Indian journal of veterinary science and animal husbandry - Volumes 15-17, 1948-1951
Year: 1948
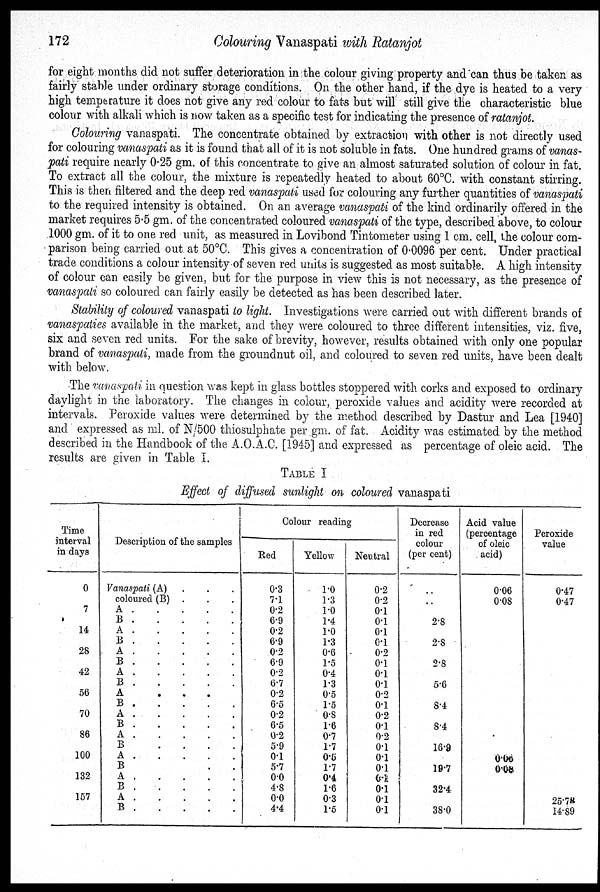
172
Colouring Vanaspati with Ratanjot
for eight months did not suffer deterioration in the colour giving property and can thus be taken as
fairly stable under ordinary storage conditions. On the other hand, if the dye is heated to a very
high temperature it does not give any red colour to fats but will still give the characteristic blue
colour with alkali which is now taken as a specific test for indicating the presence of ratanjot.
Colouring vanaspati. The concentrate obtained by extraction with other is not directly used
for colouring vanaspati as it is found that all of it is not soluble in fats. One hundred grams of vanas-
pati require nearly 0.25 gm. of this concentrate to give an almost saturated solution of colour in fat.
To extract all the colour, the mixture is repeatedly heated to about 60ºC. with constant stirring.
This is then filtered and the deep red vanaspati used for colouring any further quantities of vanaspati
to the required intensity is obtained. On an average vanaspati of the kind ordinarily offered in the
market requires 5.5 gm. of the concentrated coloured vanaspati of the type, described above, to colour
1000 gm. of it to one red unit, as measured in Lovibond Tintometer using 1 cm. cell, the colour com-
parison being carried out at 50ºC. This gives a concentration of 0.0096 per cent. Under practical
trade conditions a colour intensity of seven red units is suggested as most suitable. A high intensity
of colour can easily be given, but for the purpose in view this is not necessary, as the presence of
vanaspati so coloured can fairly easily be detected as has been described later.
Stability of coloured vanaspati to light. Investigations were carried out with different brands of
vanaspaties available in the market, and they were coloured to three different intensities, viz. five,
six and seven red units. For the sake of brevity, however, results obtained with only one popular
brand of vanaspati, made from the groundnut oil, and coloured to seven red units, have been dealt
with below.
The vanaspati in question was kept in glass bottles stoppered with corks and exposed to ordinary
daylight in the laboratory. The changes in colour, peroxide values and acidity were recorded at
intervals. Peroxide values were determined by the method described by Dastur and Lea [1940]
and expressed as ml. of N/500 thiosulphate per gm. of fat. Acidity was estimated by the method
described in the Handbook of the A.O.A.C. [1945] and expressed as percentage of oleic acid. The
results are given in Table I.
TABLE I
Effect of diffused sunlight on coloured vanaspati
Time
interval
in days
0
7
14
28
42
56
70
86
100
132
157
Description of the samples
Vanaspati (A) . . .
coloured (B) . . .
A . . . . .
B . . . . .
A . . . . .
B . . . . .
A . . . . .
B . . . . .
A . . . . .
B . . . . .
A . . . . .
B . . . . .
A . . . . .
B . . . . .
A . . . . .
B . . . . .
A . . . . .
B . . . . .
A . . . . .
B . . . . .
A . . . . .
B . . . . .
Colour reading
Red
0.3
7.1
0.2
6.9
0.2
6.9
0.2
6.9
0.2
6.7
0.2
6.5
0.2
6.5
0.2
5.9
0.1
5.7
0.0
4.8
0.0
4.4
Yellow
1.0
1.3
1.0
1.4
1.0
1.3
0.6
1.5
0.4
1.3
0.5
1.5
0.8
1.6
0.7
1.7
0.5
1.7
0.4
1.6
0.3
1.5
Neutral
0.2
0.2
0.1
0.1
0.1
0.1
0.2
0.1
0.1
0.1
0.2
0.1
0.2
0.1
0.2
0.1
0.1
0.1
0.1
0.1
0.1
0.1
Decrease
in red
colour
(per cent)
..
..
2.8
2.8
2.8
5.6
8.4
8.4
16.9
19.7
32.4
38.0
Acid value
(percentage
of oleic
acid)
0.06
0.08
000
0.08
Peroxide
value
0.47
0.47
25.78
14.89